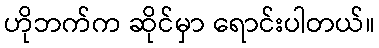
ဟိုဘက်က ဆိုင်မှာ ရောင်းပါတယ်။